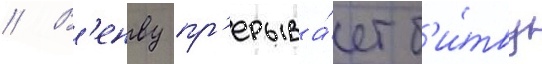
// В'енву пр'ерыва́ет б'и́тву